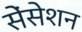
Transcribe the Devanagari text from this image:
सेंसेशन